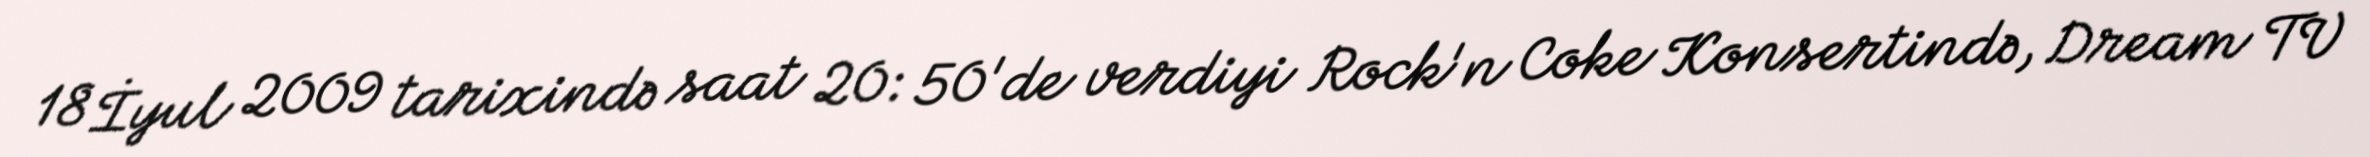
18 İyul 2009 tarixində saat 20: 50'de verdiyi Rock'n Coke Konsertində, Dream TV